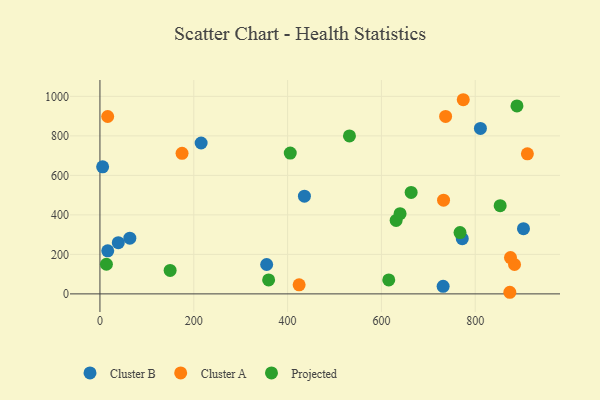
{"axis": {"x": "Ad Spend", "y": "Demand"}, "legend": ["Cluster A", "Cluster B", "Projected"], "data": [{"x": "731.6", "y": 38.2, "type": "Cluster B"}, {"x": "215.7", "y": 763.9, "type": "Cluster B"}, {"x": "772.4", "y": 279.7, "type": "Cluster B"}, {"x": "5.7", "y": 643.3, "type": "Cluster B"}, {"x": "63.7", "y": 281.9, "type": "Cluster B"}, {"x": "355.4", "y": 148.8, "type": "Cluster B"}, {"x": "435.9", "y": 494.8, "type": "Cluster B"}, {"x": "16.6", "y": 217.9, "type": "Cluster B"}, {"x": "811.1", "y": 837.9, "type": "Cluster B"}, {"x": "902.9", "y": 330.1, "type": "Cluster B"}, {"x": "39.1", "y": 259.2, "type": "Cluster B"}, {"x": "911.2", "y": 708.9, "type": "Cluster A"}, {"x": "424.6", "y": 46.0, "type": "Cluster A"}, {"x": "774.5", "y": 983.0, "type": "Cluster A"}, {"x": "883.8", "y": 148.7, "type": "Cluster A"}, {"x": "16.5", "y": 898.0, "type": "Cluster A"}, {"x": "732.5", "y": 474.3, "type": "Cluster A"}, {"x": "873.8", "y": 8.2, "type": "Cluster A"}, {"x": "736.9", "y": 898.3, "type": "Cluster A"}, {"x": "875.2", "y": 183.9, "type": "Cluster A"}, {"x": "175.0", "y": 711.4, "type": "Cluster A"}, {"x": "631.4", "y": 371.7, "type": "Projected"}, {"x": "663.4", "y": 513.8, "type": "Projected"}, {"x": "359.6", "y": 70.5, "type": "Projected"}, {"x": "615.7", "y": 70.7, "type": "Projected"}, {"x": "149.6", "y": 118.6, "type": "Projected"}, {"x": "13.8", "y": 150.0, "type": "Projected"}, {"x": "853.2", "y": 446.7, "type": "Projected"}, {"x": "531.9", "y": 799.7, "type": "Projected"}, {"x": "639.8", "y": 406.1, "type": "Projected"}, {"x": "889.0", "y": 951.7, "type": "Projected"}, {"x": "767.6", "y": 310.2, "type": "Projected"}, {"x": "405.7", "y": 713.0, "type": "Projected"}]}